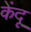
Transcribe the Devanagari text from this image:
केंदू